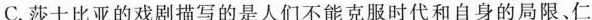
C.莎士比亚的戏剧描写的是人们不能克服时代和自身的局限，仁